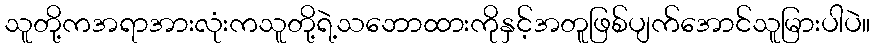
သူတို့ကအရာအားလုံးကသူတို့ရဲ့သဘောထားကိုနှင့်အတူဖြစ်ပျက်အောင်သူမြားပါပဲ။